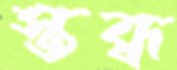
স্তব্ধ